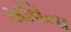
સવિતા